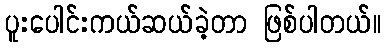
ပူးပေါင်းကယ်ဆယ်ခဲ့တာ ဖြစ်ပါတယ်။